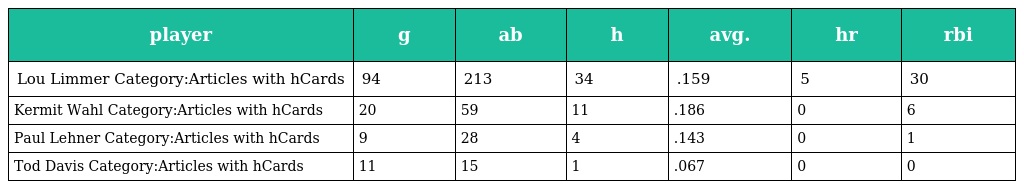
| player | g | ab | h | avg. | hr | rbi |
 | --- | --- | --- | --- | --- | --- | --- |
 | Lou Limmer Category:Articles with hCards | 94 | 213 | 34 | .159 | 5 | 30 |
 | Kermit Wahl Category:Articles with hCards | 20 | 59 | 11 | .186 | 0 | 6 |
 | Paul Lehner Category:Articles with hCards | 9 | 28 | 4 | .143 | 0 | 1 |
 | Tod Davis Category:Articles with hCards | 11 | 15 | 1 | .067 | 0 | 0 |